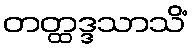
တတ္ထဒ္ဒသာသိံ